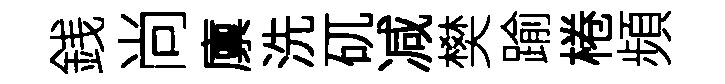
銭尚廪洗矹减樊踰棬頻